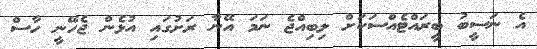
އެ ނަސީބު ބީރައްޓެއްސަކަށް ލިބިއްޖެ ނަމަ އޭނާ ރަށުގައި އުޅެން ޖެހޭނީ ހާސް